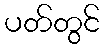
ပတ်တွင်